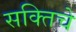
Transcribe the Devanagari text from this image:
सक्तिचे